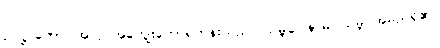
ဥပဋ္ဌာကော၊ အလုပ်အကျွေးတော်ရဟန်းသည်။ သမ္ဘဝေါနာမ၊ သမ္ဘဝအမည်ရှိ၏။